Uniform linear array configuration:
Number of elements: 4
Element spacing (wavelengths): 1
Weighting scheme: binomial
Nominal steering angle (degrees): -60
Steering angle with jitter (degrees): -59.729
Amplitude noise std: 0.05
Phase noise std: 0.05

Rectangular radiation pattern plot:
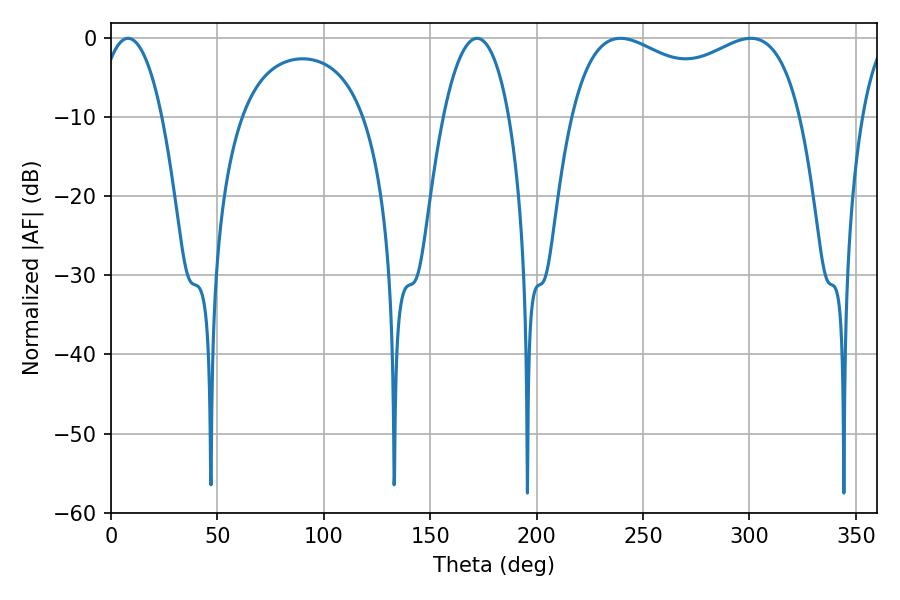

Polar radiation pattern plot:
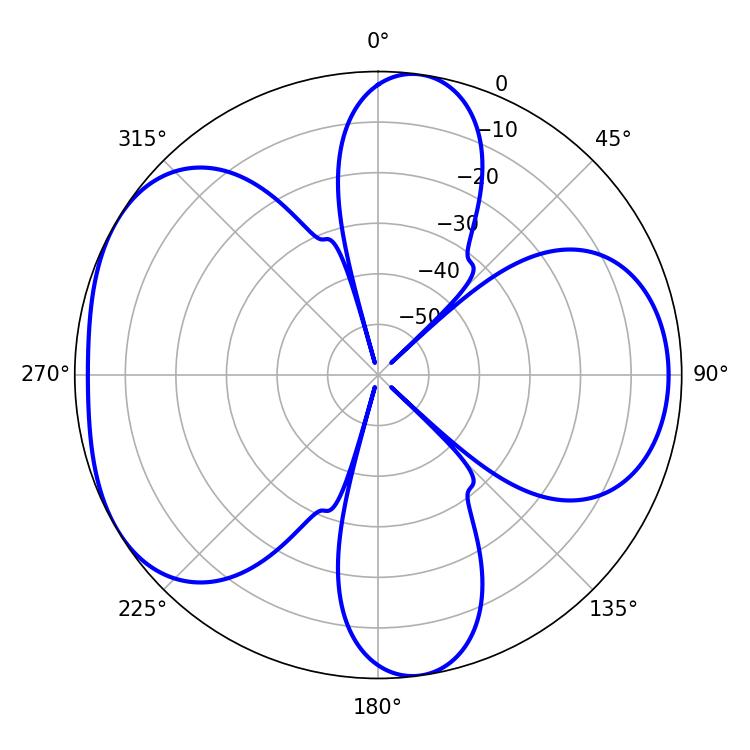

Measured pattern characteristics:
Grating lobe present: TRUE
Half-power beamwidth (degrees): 89.28
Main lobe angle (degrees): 300.6